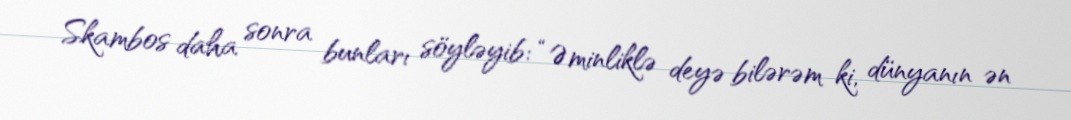
Skambos daha sonra bunları söyləyib: “Əminliklə deyə bilərəm ki, dünyanın ən